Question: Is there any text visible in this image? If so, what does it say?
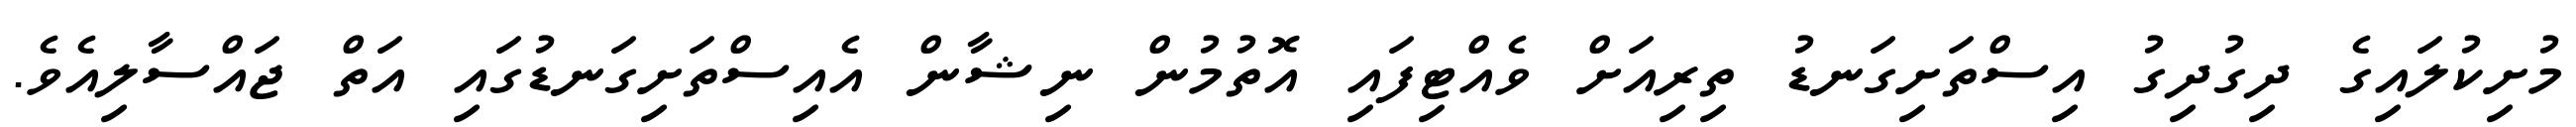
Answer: މުށިކުލައިގެ ދިގުދިގު އިސްތަށިގަނޑު ތިރިއަށް ވެއްޓިފައި އޮތުމުން ނިޝާން އެއިސްތަށިގަނޑުގައި އަތް ޖައްސާލިއެވެ.